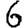
Digit: 6